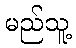
မည်သူ့